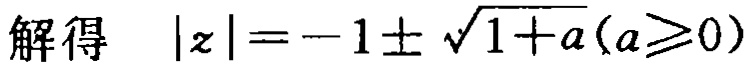
解得 \(\vert z\vert=-1\pm\sqrt{1 + a}(a\geq0)\)